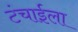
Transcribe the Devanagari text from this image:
टंचाईला